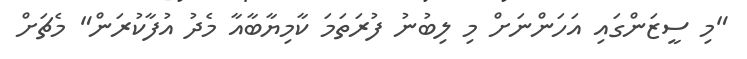
"މި ސީޒަންގައި އަހަންނަށް މި ލިބުނު ފުރަތަމަ ކާމިޔާބާއާ މެދު އުފާކުރަން" މެޗަށް